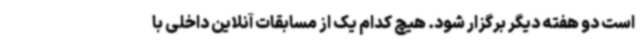
است دو هفته دیگر برگزار شود. هیچ کدام یک از مسابقات آنلاین داخلی با